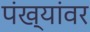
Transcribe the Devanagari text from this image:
पंख्यांवर